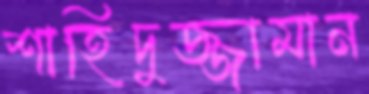
শাহিদুজ্জামান